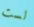
لست